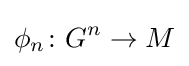
\phi _{n}\colon G^{n}\to M